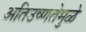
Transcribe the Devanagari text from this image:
अतिउष्णतेमुळे